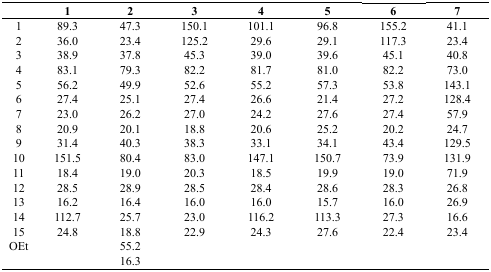
<table><thead><tr><td></td><td><b>1</b></td><td><b>2</b></td><td><b>3</b></td><td><b>4</b></td><td><b>5</b></td><td><b>6</b></td><td><b>7</b></td></tr></thead><tbody><tr><td>1</td><td>89.3</td><td>47.3</td><td>150.1</td><td>101.1</td><td>96.8</td><td>155.2</td><td>41.1</td></tr><tr><td>2</td><td>36.0</td><td>23.4</td><td>125.2</td><td>29.6</td><td>29.1</td><td>117.3</td><td>23.4</td></tr><tr><td>3</td><td>38.9</td><td>37.8</td><td>45.3</td><td>39.0</td><td>39.6</td><td>45.1</td><td>40.8</td></tr><tr><td>4</td><td>83.1</td><td>79.3</td><td>82.2</td><td>81.7</td><td>81.0</td><td>82.2</td><td>73.0</td></tr><tr><td>5</td><td>56.2</td><td>49.9</td><td>52.6</td><td>55.2</td><td>57.3</td><td>53.8</td><td>143.1</td></tr><tr><td>6</td><td>27.4</td><td>25.1</td><td>27.4</td><td>26.6</td><td>21.4</td><td>27.2</td><td>128.4</td></tr><tr><td>7</td><td>23.0</td><td>26.2</td><td>27.0</td><td>24.2</td><td>27.6</td><td>27.4</td><td>57.9</td></tr><tr><td>8</td><td>20.9</td><td>20.1</td><td>18.8</td><td>20.6</td><td>25.2</td><td>20.2</td><td>24.7</td></tr><tr><td>9</td><td>31.4</td><td>40.3</td><td>38.3</td><td>33.1</td><td>34.1</td><td>43.4</td><td>129.5</td></tr><tr><td>10</td><td>151.5</td><td>80.4</td><td>83.0</td><td>147.1</td><td>150.7</td><td>73.9</td><td>131.9</td></tr><tr><td>11</td><td>18.4</td><td>19.0</td><td>20.3</td><td>18.5</td><td>19.9</td><td>19.0</td><td>71.9</td></tr><tr><td>12</td><td>28.5</td><td>28.9</td><td>28.5</td><td>28.4</td><td>28.6</td><td>28.3</td><td>26.8</td></tr><tr><td>13</td><td>16.2</td><td>16.4</td><td>16.0</td><td>16.0</td><td>15.7</td><td>16.0</td><td>26.9</td></tr><tr><td>14</td><td>112.7</td><td>25.7</td><td>23.0</td><td>116.2</td><td>113.3</td><td>27.3</td><td>16.6</td></tr><tr><td>15</td><td>24.8</td><td>18.8</td><td>22.9</td><td>24.3</td><td>27.6</td><td>22.4</td><td>23.4</td></tr><tr><td rowspan="2">OEt</td><td></td><td>55.2</td><td></td><td></td><td></td><td></td><td></td></tr><tr><td></td><td>16.3</td><td></td><td></td><td></td><td></td><td></td></tr></tbody></table>